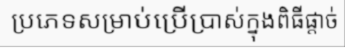
ប្រភេទសម្រាប់ប្រើប្រាស់ក្នុងពិធីផ្តាច់